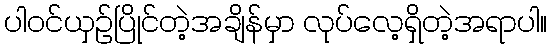
ပါဝင်ယှဉ်ပြိုင်တဲ့အချိန်မှာ လုပ်လေ့ရှိတဲ့အရာပါ။